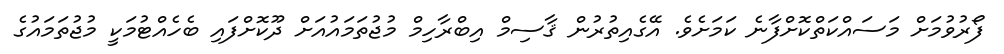
ފޯރުވުމަށް މަސައްކަތްކޮށްފާނެ ކަމަށެވެ. އޭގެއިތުރުން ޤާސިމް އިބްރާހިމް މުޖުތަމައުއަށް ދޫކޮށްފައި ބެހެއްޓުމަކީ މުޖުތަމައުގެ